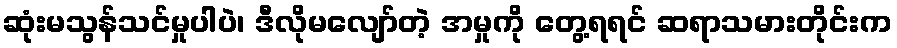
ဆုံးမသွန်သင်မှုပါပဲ၊ ဒီလိုမလျော်တဲ့ အမှုကို တွေ့ရရင် ဆရာသမားတိုင်းက